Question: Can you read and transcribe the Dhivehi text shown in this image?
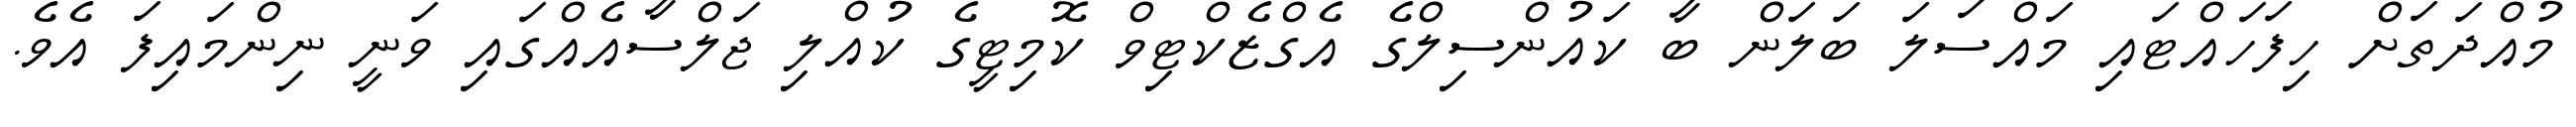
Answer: މުއްދަތަށް ހިފަހައްޓައި މައްސަލަ ބަލަން ބާ ކައުންސިލްގެ އެގްޒެކްޓިވް ކޮމިޓީގެ ކުއްލި ޖަލްސާއެއްގައި ވަނީ ނިންމައިފަ އެވެ.